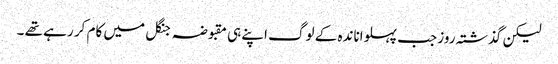
لیکن گذشتہ روز جب پہلواناندہ کے لوگ اپنے ہی مقبوضہ جنگل میں کام کر رہے تھے ۔